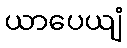
ယာပေယျံ